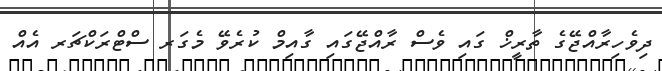
ދިވެހިރާއްޖޭގެ ތާރީޚް ގައި ވެސް ރާއްޖޭގައި ގާއިމް ކުރެވޭ މެގަރ ސްޓްރަކްޗަރ އެއް